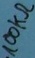
Text: 100KΩ